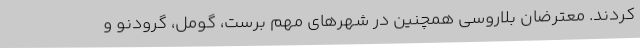
کردند. معترضان بلاروسی همچنین در شهرهای مهم برست، گومل، گرودنو و